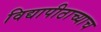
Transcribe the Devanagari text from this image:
विद्यापीठाच्याच